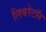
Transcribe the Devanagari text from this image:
लिबरेटॉर